Laidoner,_Johan, lk 71
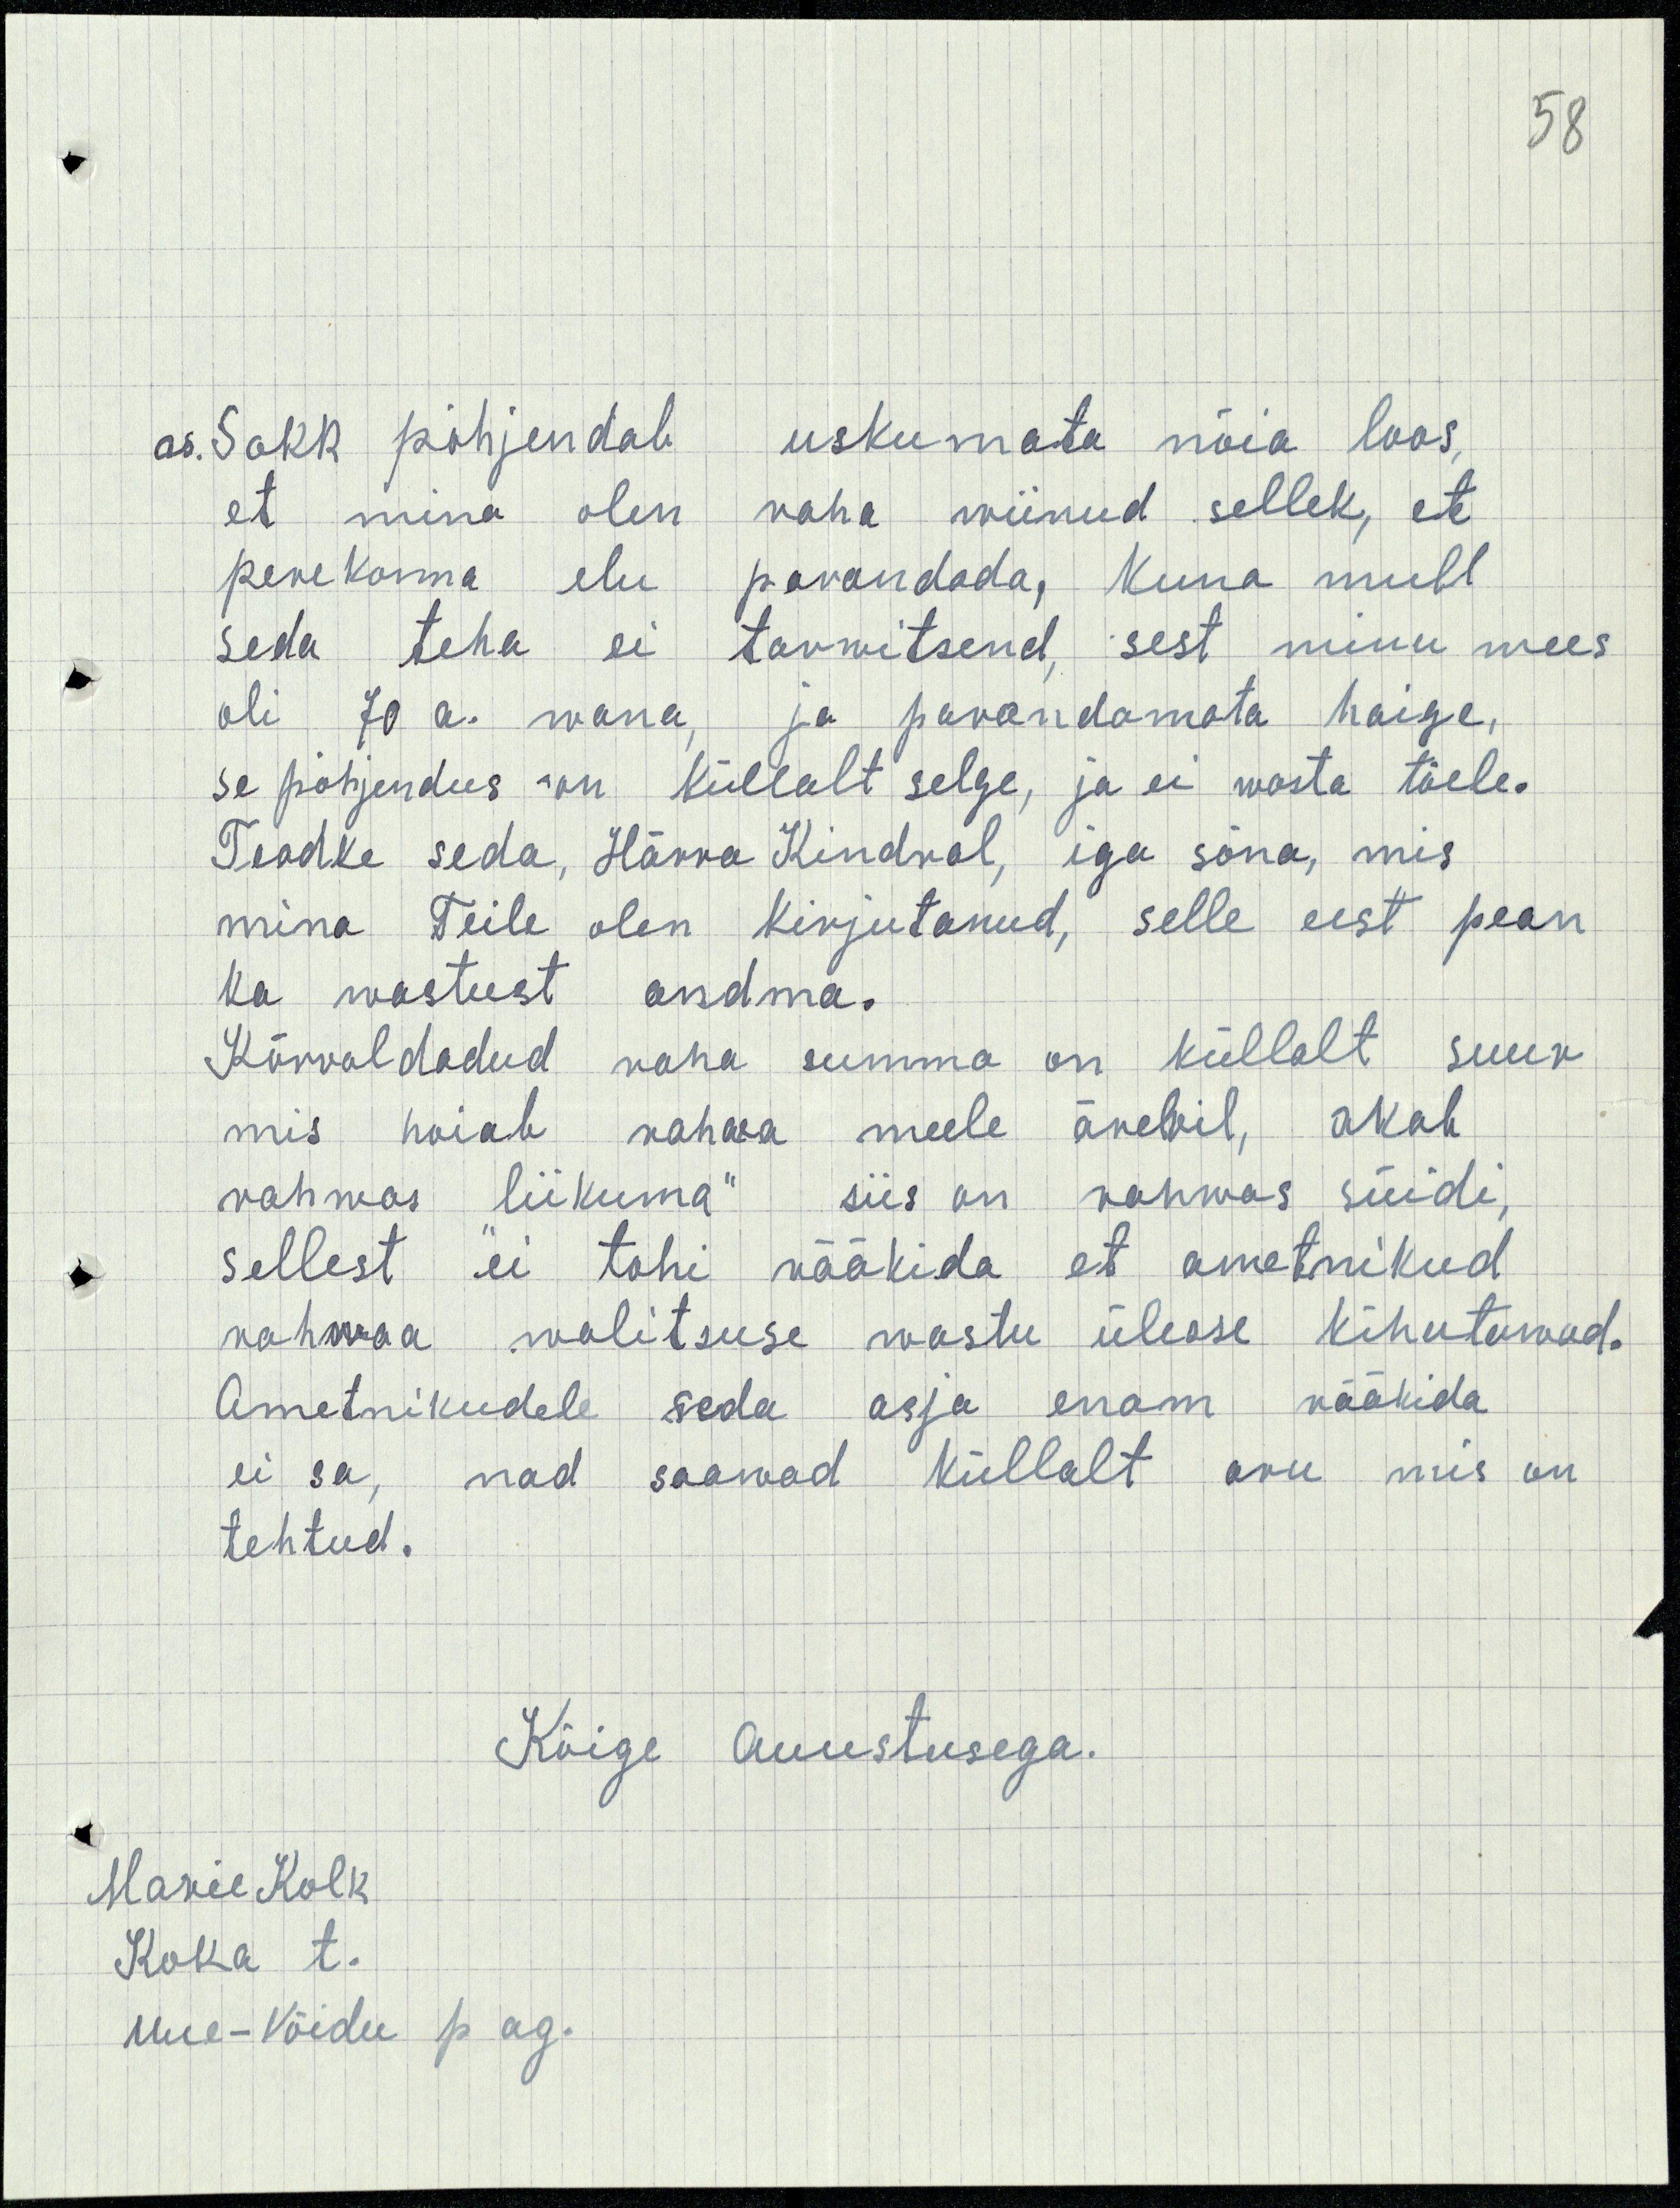
58
as. Sokk põhjendab uskumata nõia loos,
et mina olen raha wiinud sellek, et
perekonna elu parandada, Kuna mull
seda teha ei tarwitsend, sest minu mees
oli 70 a. wana, ja parandamata haige,
se põhjendus on küllalt selge, ja ei wasta tõele.
Teadke seda, Härra Kindral, iga sõna, mis
mina Teile olen kirjutanud, selle eest pean
ka wastust andma.
Kõrwaldadud raha summa on küllalt suur
mis hoiab rahwa meele ärewil, akab
rahwas liikuma" siis on rahwas süidi,
sellest ei tohi rääkida et ametnikud
rahwaa walitsuse wastu ülesse kihutawad.
Ametnikudele seda asja enam rääkida
ei sa, nad saawad küllalt aru mis on
tehtud.
Kõige Auustusega.
Marie Kolk
Koka t.
Uue-Võidu p ag.